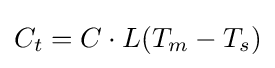
C_{t}=C\cdot L(T_{m}-T_{s})